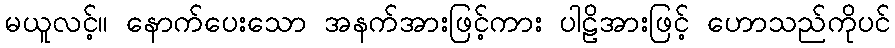
မယူလင့်။ နောက်ပေးသော အနက်အားဖြင့်ကား ပါဠိအားဖြင့် ဟောသည်ကိုပင်